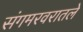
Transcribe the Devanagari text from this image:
संगमरवरातले